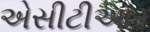
એસીટીઆર